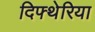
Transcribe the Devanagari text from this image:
दिफ्थेरिया